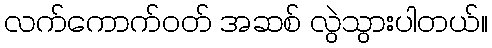
လက်ကောက်ဝတ် အဆစ် လွဲသွားပါတယ်။